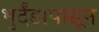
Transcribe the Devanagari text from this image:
भुर्दंडापासून